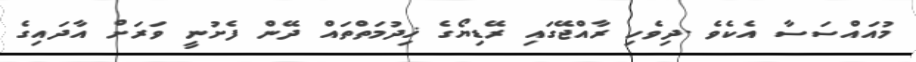
މުއައްސަސާ އެކެވެ .ދިވެހި ރާއްޖޭގައި ރޭޑިޔޯގެ ޚިދުމަތްތައް ދޭން ފެށުނީ ވަރަށް އާދައިގެ